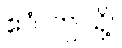
ဧဝံ၊ ဤသို့။